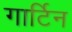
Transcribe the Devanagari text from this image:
गार्टिन